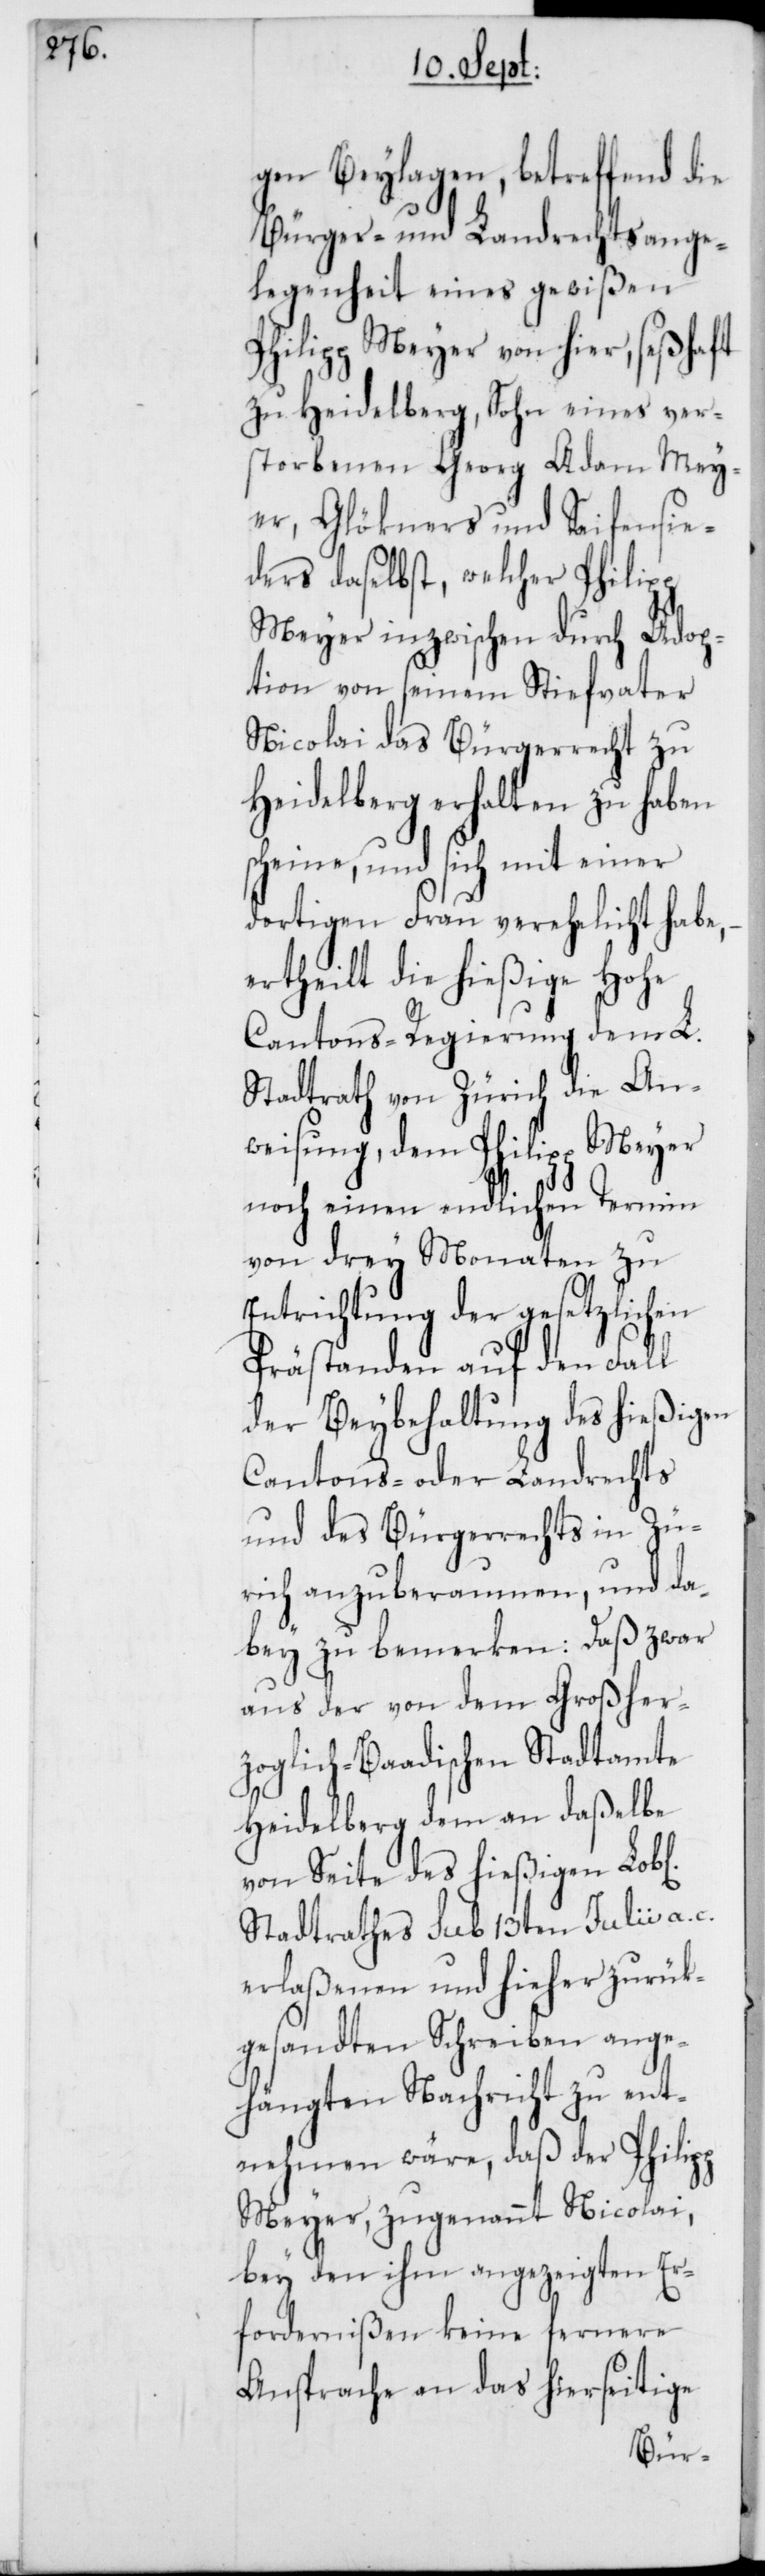
gen Beylagen, betreffend die
Bürger- und Landrechtsange¬
legenheit eines gewißen
Philipp Meyer von hier, seßhaft
zu Heidelberg, Sohn eines ver¬
storbenen Georg Adam Mey¬
er, Glökners und Seifensie¬
ders daselbst, welcher Philipp
Meyer inzwischen durch Adop¬
tion von seinem Stiefvater
Nicolai das Bürgerrecht zu
Heidelberg erhalten zu haben
scheine, und sich mit einer
dortigen Frau verehelicht habe,
ertheilt die hießige Hohe
Cantons-Regierung dem L.
Stadtrath von Zürich die An¬
weisung, dem Philipp Meyer
noch einen endlichen Termin
von drey Monaten zu
Entrichtung der gesetzlichen
Prästanden auf den Fall
der Beybehaltung des hießigen
Cantons- oder Landrechts
und des Bürgerrechts in Zü¬
rich anzuberaumen, und da¬
bey zu bemerken: Daß zwar
aus der von dem Großher¬
zoglich-Baadischen Stadtamte
Heidelberg dem an daßelbe
von Seite des hießigen
Stadtrathes sub 13ten Julii a.
erlaßenen und hieher zurük¬
gesandten Schreiben ange¬
hängten Nachricht zu ent¬
nehmen wäre, daß der Philipp
Meyer, zugenannt Nicolai,
bey den ihm angezeigten Er¬
fordernißen keine fernere
Ansprache an das hierseitige